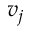
v _ { j }